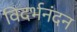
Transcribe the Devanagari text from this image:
विदर्भनंदन